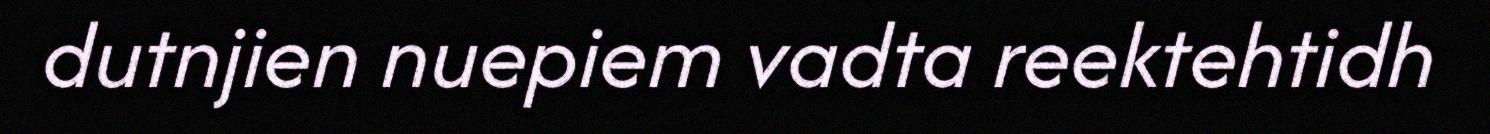
dutnjien nuepiem vadta reektehtidh